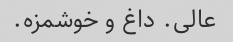
عالی. داغ و خوشمزه.